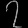
Digit: ၇